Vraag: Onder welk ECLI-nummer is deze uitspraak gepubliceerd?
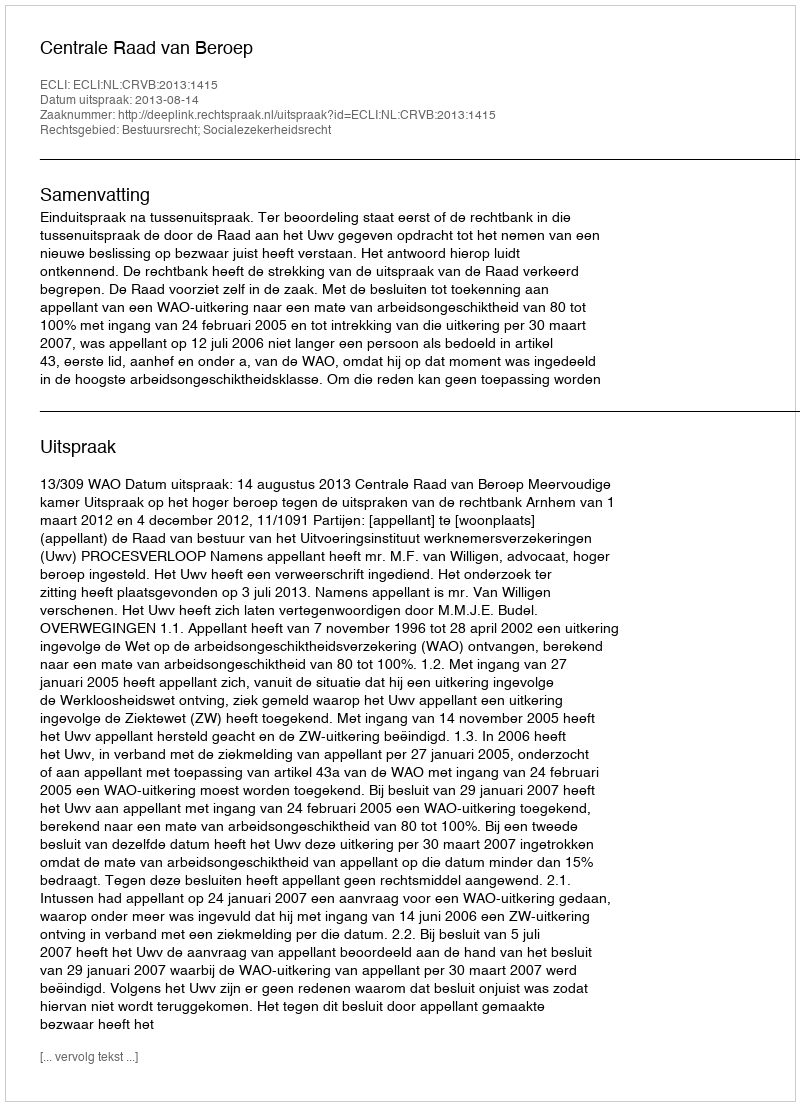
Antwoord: ECLI:NL:CRVB:2013:1415